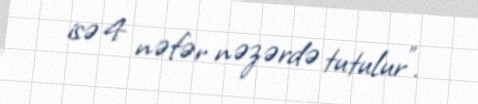
isə 4 nəfər nəzərdə tutulur”.